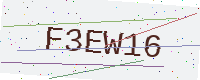
Text: F3EW16